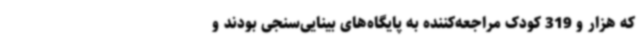
که هزار و 319 کودک مراجعه‌کننده به پایگاه‌های بینایی‌سنجی بودند و